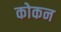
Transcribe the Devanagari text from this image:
कोकन